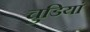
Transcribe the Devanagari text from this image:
चुडियां